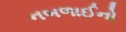
નબળાઈનો